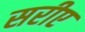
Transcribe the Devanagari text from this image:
सरीए